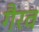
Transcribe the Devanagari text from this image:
गैरव